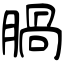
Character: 腡